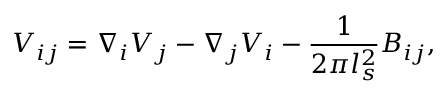
V _ { i j } = \nabla _ { i } V _ { j } - \nabla _ { j } V _ { i } - \frac { 1 } { 2 \pi l _ { s } ^ { 2 } } B _ { i j } ,